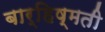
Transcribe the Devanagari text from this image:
बार्हिष्मती